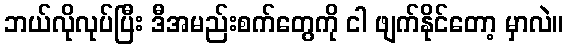
ဘယ်လိုလုပ်ပြီး ဒီအမည်းစက်တွေကို ငါ ဖျက်နိုင်တော့ မှာလဲ။